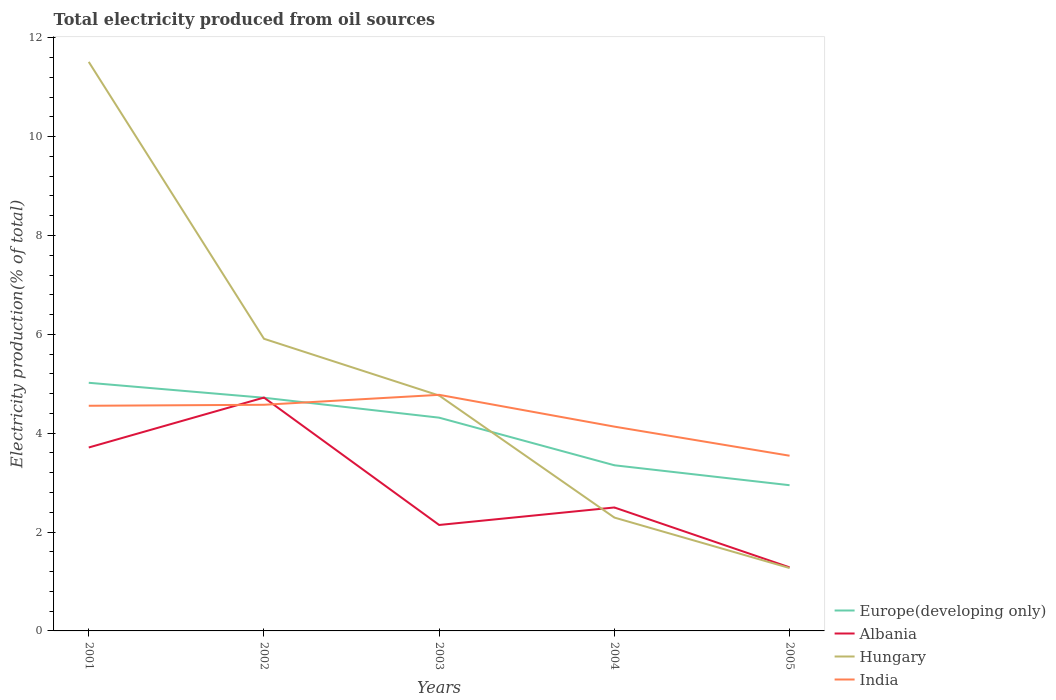
| Years | Europe(developing only) | Albania | Hungary | India |
 | --- | --- | --- | --- | --- |
 | 2001 | 5.02 | 3.71 | 11.5 | 4.55 |
 | 2002 | 4.72 | 4.72 | 5.91 | 4.57 |
 | 2003 | 4.31 | 2.14 | 4.76 | 4.78 |
 | 2004 | 3.35 | 2.5 | 2.29 | 4.13 |
 | 2005 | 2.95 | 1.29 | 1.27 | 3.54 |